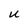
Character: U